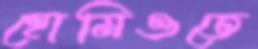
হোমিওতে